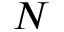
N